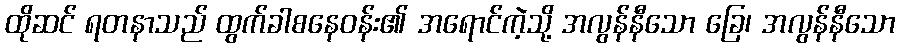
ထိုဆင် ရတနာသည် ထွက်ခါစနေဝန်း၏ အရောင်ကဲ့သို့ အလွန်နီသော ခြေ၊ အလွန်နီသော